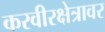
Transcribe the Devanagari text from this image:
करवीरक्षेत्रावर